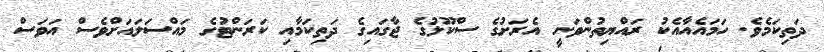
ދަތިކަމެވެ. ހަމައެއާއެކު ރައްޔިތުންވަނީ އެރަށުގެ ސްކޫލުގެ ޖާގައިގެ ދަތިކަމާއި ކަރަންޓުގެ މައްސަލައަށްވެސް އަވަސް